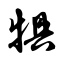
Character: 犋